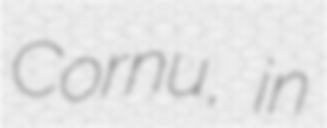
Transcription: Cornu, in